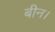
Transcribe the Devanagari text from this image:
बीन।